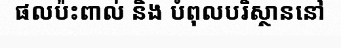
ផលប៉ះពាល់ និង បំពុលបរិស្ថាននៅ